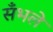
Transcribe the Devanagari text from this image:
सँभले